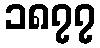
၁၈၇၇